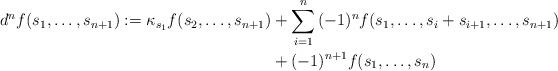
LaTeX: \begin{align*} d^nf(s_1,\ldots,s_{n+1}):=\kappa_{s_1}f(s_2,\ldots,s_{n+1})&+\sum_{i=1}^n{(-1)^nf(s_1,\ldots,s_i+s_{i+1},\ldots,s_{n+1})}\\ &+(-1)^{n+1}f(s_1,\ldots,s_n)\end{align*}